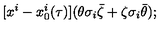
[ x ^ { i } - x _ { 0 } ^ { i } ( \tau ) ] ( \theta \sigma _ { i } \bar { \zeta } + \zeta \sigma _ { i } \bar { \theta } ) ;